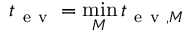
t _ { \mathrm { ~ e ~ v ~ } } = \operatorname* { m i n } _ { M } t _ { \mathrm { ~ e ~ v ~ } , M }